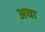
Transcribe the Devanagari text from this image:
अचा